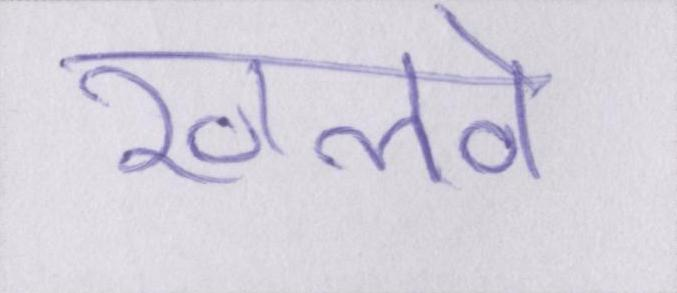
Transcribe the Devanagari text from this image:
खलवे